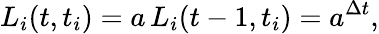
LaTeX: L_{i}(t,t_{i})=a\, L_{i}(t-1,t_{i})=a^{\Delta t},